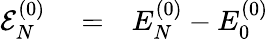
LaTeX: \begin{array}{rlr}{{\cal E}_{N}^{(0)}}&{{}=}&{E_{N}^{(0)}-E_{0}^{(0)}}\end{array}